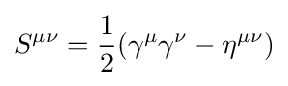
S^{\mu \nu }={\frac {1}{2}}(\gamma ^{\mu }\gamma ^{\nu }-\eta ^{\mu \nu })